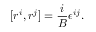
[ r ^ { i } , r ^ { j } ] = { \frac { i } { B } } \epsilon ^ { i j } .